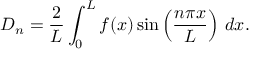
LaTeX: D _ { n } = { \frac { 2 } { L } } \int _ { 0 } ^ { L } f ( x ) \sin \left( { \frac { n \pi x } { L } } \right) \, d x .